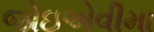
જોઇએવીમા